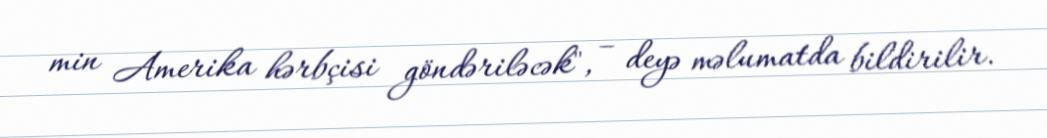
min Amerika hərbçisi göndəriləcək", – deyə məlumatda bildirilir.